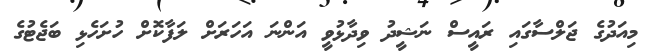
މިއަދުގެ ޖަލްސާގައި ރައީސް ނަޝީދު ވިދާޅުވީ އަންނަ އަަހަރަށް ލަފާކޮށް ހުށަހެޅި ބަޖެޓުގެ